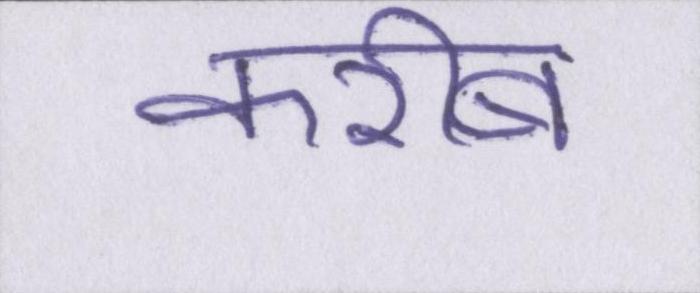
करीब